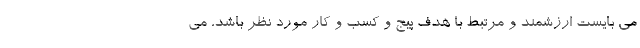
می بایست ارزشمند و مرتبط با هدف پیج و کسب و کار مورد نظر باشد، می